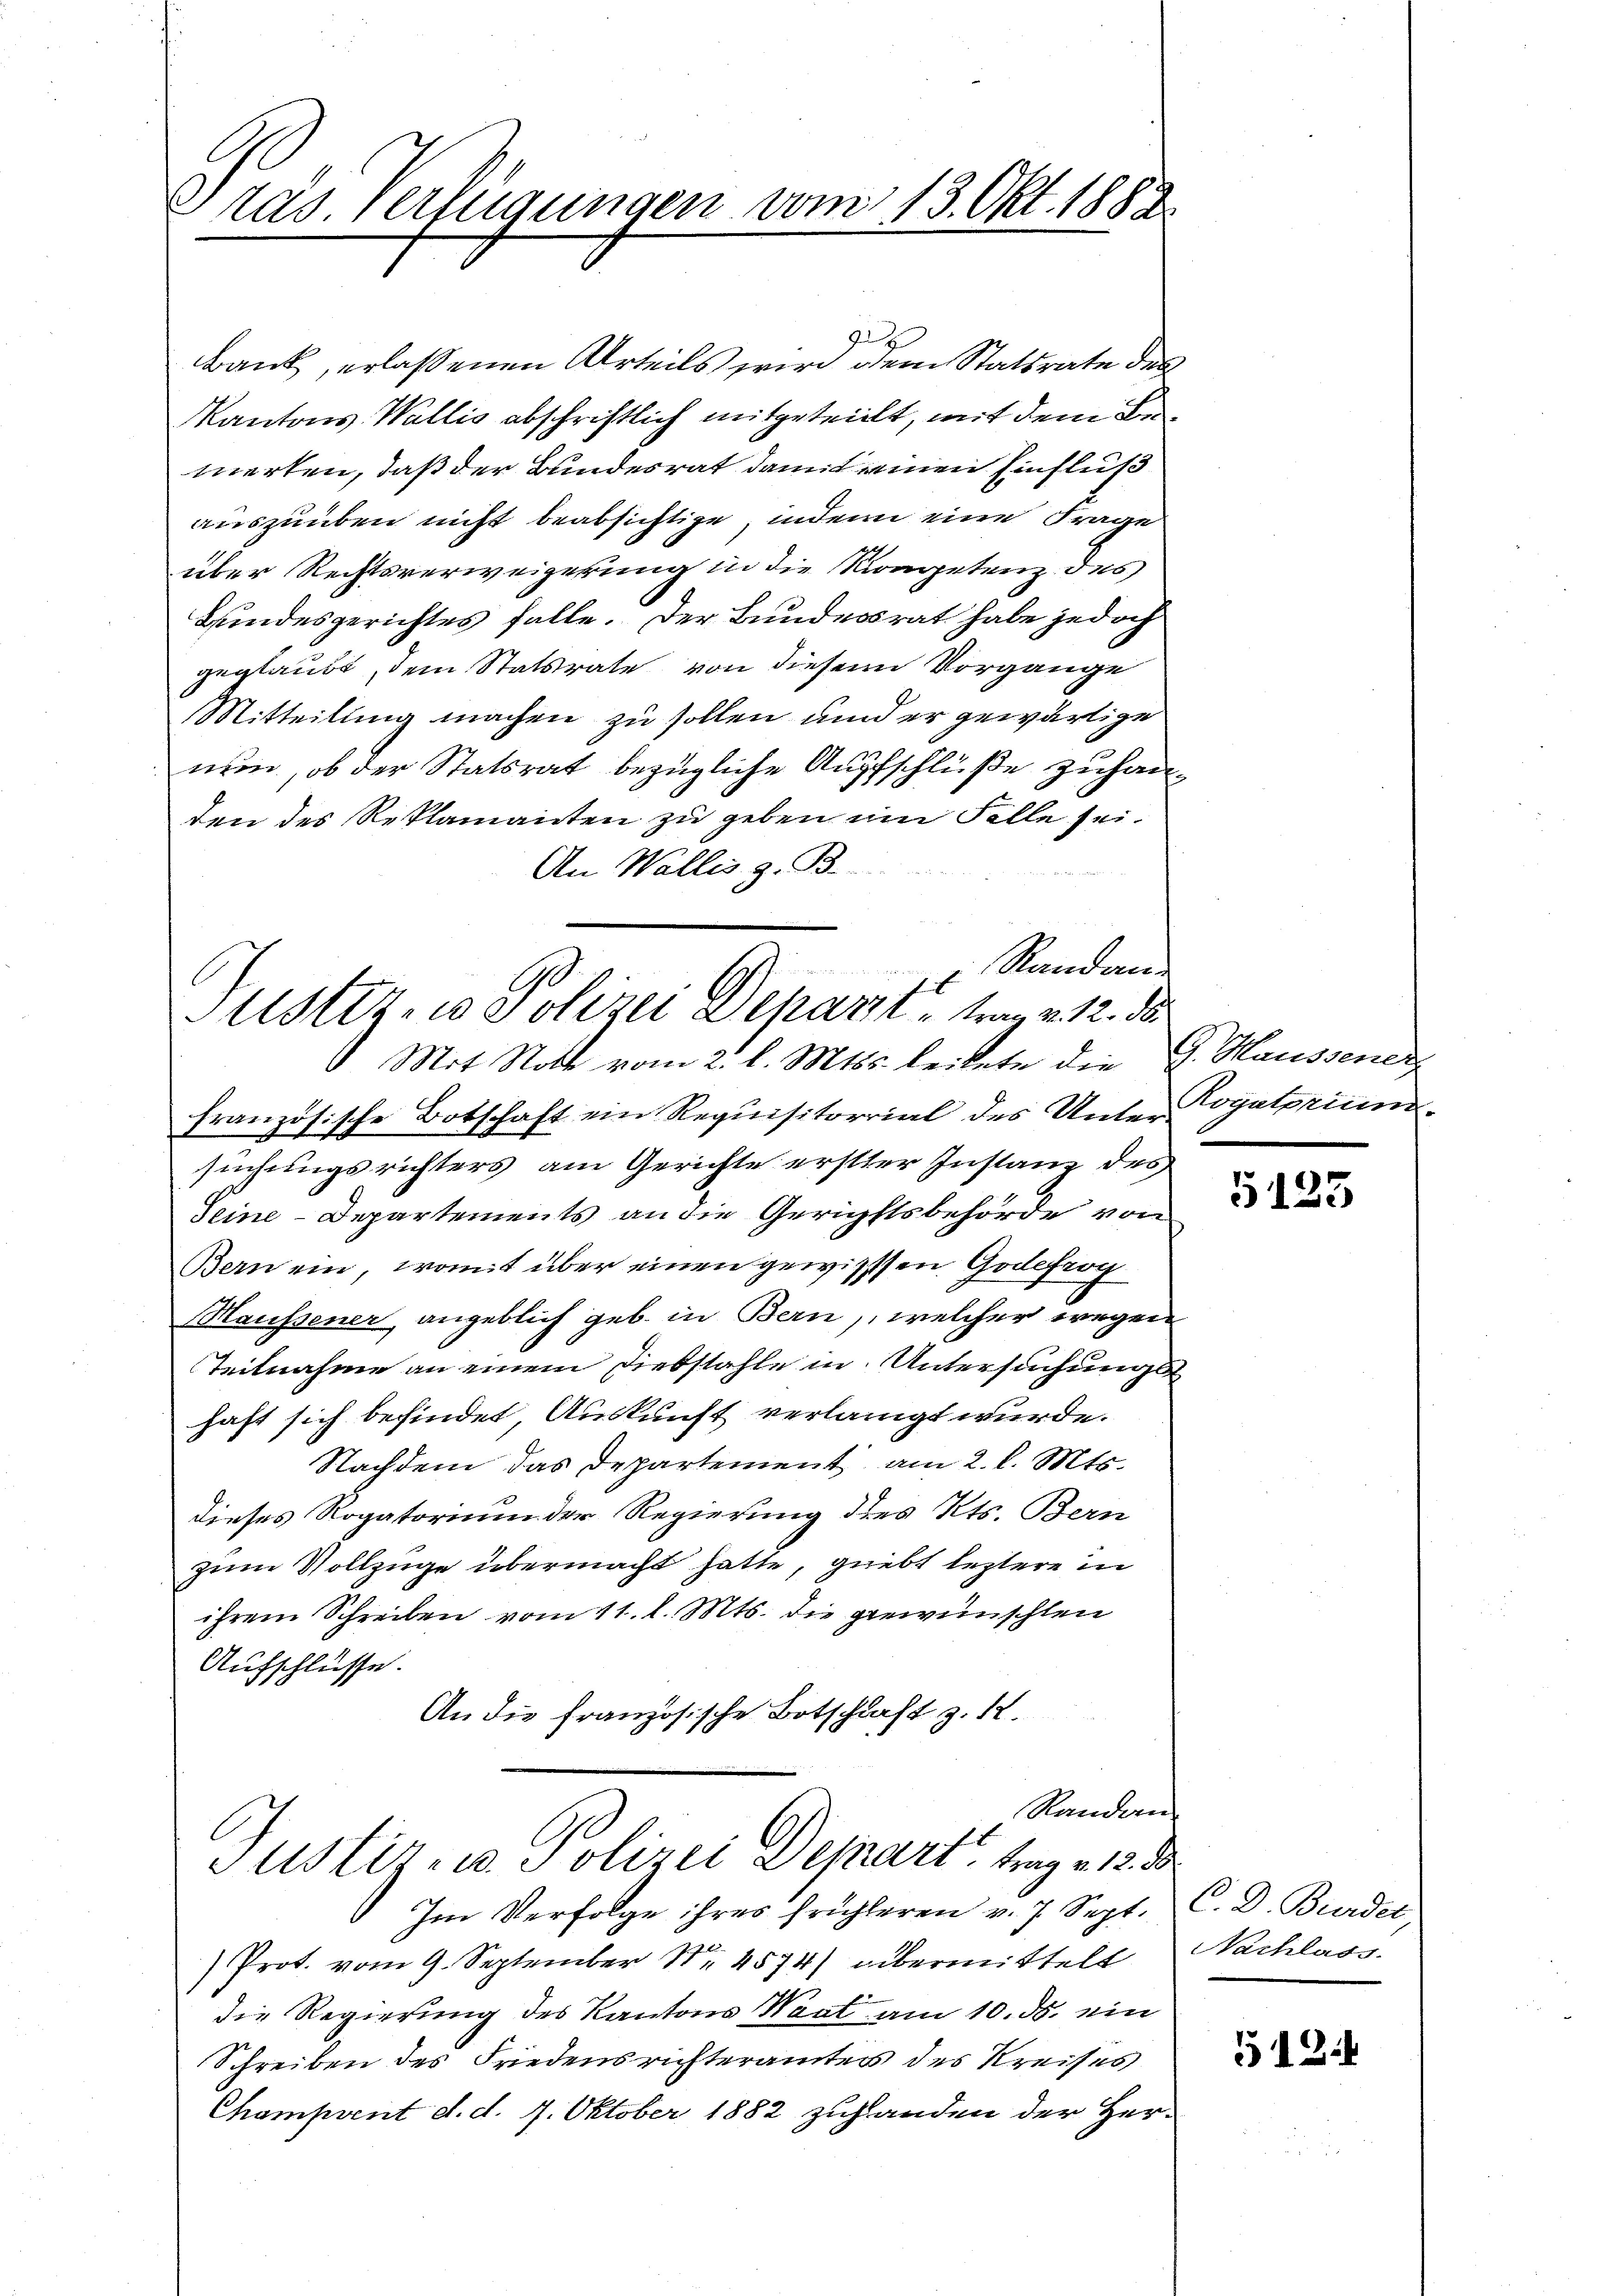
Gras Verfügungen vom 13. Okt. 1882

Randan
Justiz- u Polizei Depart trag v. 12. 35.
 Mit Statt vom 2. l. Mts. leitete die G. Haussener

gut
Bank, erlassenen Urteils wird dem Statsrate des
Kantons Wallis abschriftlich mitgeteilt, mit dem Bemerten, daß der Bundesrat damit einen Einfluß
auszuüben nicht beabsichtige, indem eine Frage
über Rechtsverweigerung in die Kompetenz des
Bundesgerichtes falle. Der Bundesrat habe jedoch
geglaubt, dem Statsrate von diesem Vorgange
Mitteilung machen zu sollen und er gewärtige
nun, ob der Statsrat bezügliche Aufschlüße zuhanden des Reklamanten zu geben im Falle sei.
An Wallis z. B.
französische Botschaft ein Requisitorial des Unter
suchungsrichters am Gerichte erster Instanz des
Seine Departements an die Gerichtsbehörde von
Bern ein, womit über einen gewissen Godefrog
Maussener angeblich geb. in Bern, welcher wegen
Teilnahme an einem Diebstahle in Untersuchungshaft sich befindet, Auskunft verlangt wurde.
Nachdem das Departement am 2. l. Mts.
dieses Rogatorium der Regierung des Kts. Bern
zum Vollzüge übermacht hatte, giebt leztere in
ihrem Schreiben vom 11. l. Mts. die gewünschten
Aufschlüsse.
An die französische Botschaft z. 12.

Randan
Justiz- u. Polizei Depart, trag v. 12. d

Rogatorium.

Im Verfolge ihres frühleren v. 7. Sept.
Prot. vom 9. September Nr. 4574) übermittelt Nachlass
die Regierung des Kantons Waat am 10. ds. ein
Schreiben des Friedensrichteramtes des Kreises
Champrent d. d. 7. Oktober 1882 zuhanden der Her¬

5123

C. D. Bundet,

512.